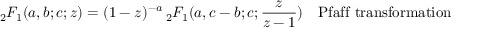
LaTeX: { } _ { 2 } F _ { 1 } ( a , b ; c ; z ) = ( 1 - z ) ^ { - a } \, { } _ { 2 } F _ { 1 } ( a , c - b ; c ; { \frac { z } { z - 1 } } ) \ \ \ { \mathrm { P f a f f ~ t r a n s f o r m a t i o n } }